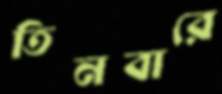
তিনবারে